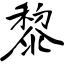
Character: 黎